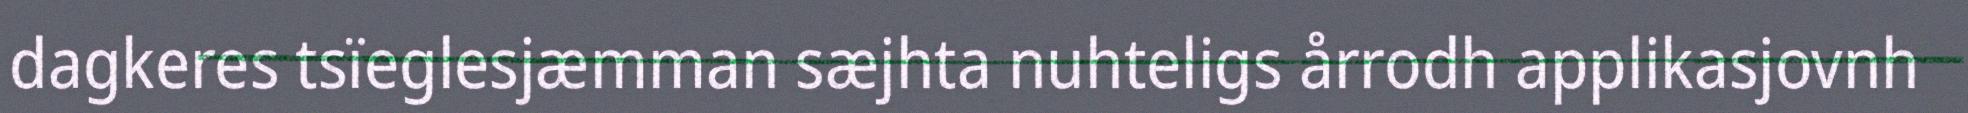
dagkeres tsïeglesjæmman sæjhta nuhteligs årrodh applikasjovnh